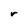
Character: r